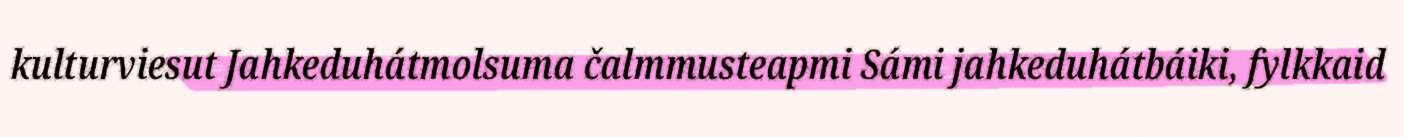
kulturviesut Jahkeduhátmolsuma čalmmusteapmi Sámi jahkeduhátbáiki, fylkkaid